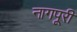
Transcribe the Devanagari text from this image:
नागपूरी